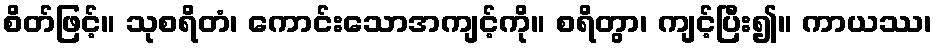
စိတ်ဖြင့်။ သုစရိတံ၊ ကောင်းသောအကျင့်ကို။ စရိတွာ၊ ကျင့်ပြီး၍။ ကာယဿ၊